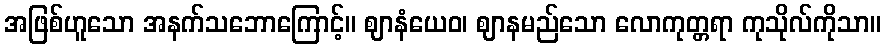
အဖြစ်ဟူသော အနက်သဘောကြောင့်။ ဈာနံယေဝ၊ ဈာနမည်သော လောကုတ္တရာ ကုသိုလ်ကိုသာ။